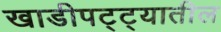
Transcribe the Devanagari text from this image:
खाडीपट्ट्यातील